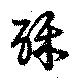
酥